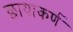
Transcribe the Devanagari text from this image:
छायाकर्ण